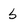
Character: b